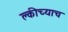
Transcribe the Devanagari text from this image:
क्लीच्याच